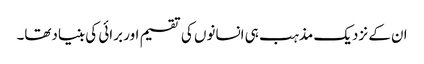
ان کے نزدیک مذہب ہی انسانوں کی تقسیم اور برائی کی بنیادتھا۔